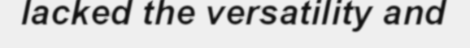
lacked the versatility and